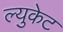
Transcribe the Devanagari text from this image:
ल्युकेट